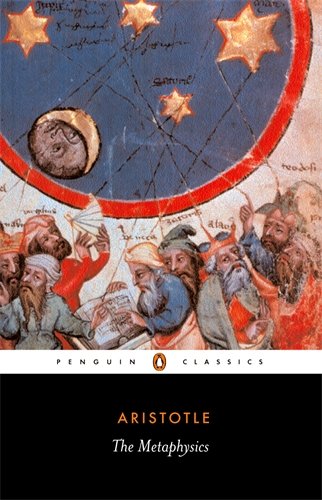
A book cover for The Metaphysics (Penguin Classics); Aristotle; Politics & Social Sciences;